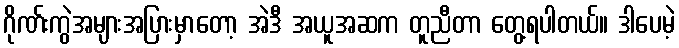
ဂိုဏ်းကွဲအများအပြားမှာတော့ အဲဒီ အယူအဆက တူညီတာ တွေ့ရပါတယ်။ ဒါပေမဲ့